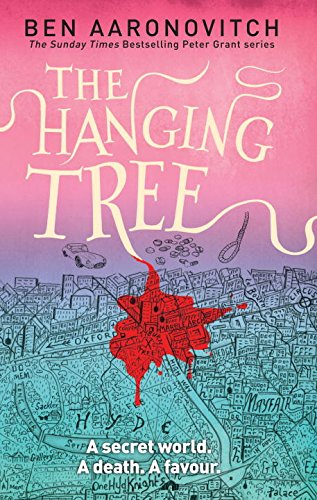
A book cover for The Hanging Tree: A Rivers of London Novel; Ben Aaronovitch; Science Fiction & Fantasy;